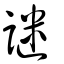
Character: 謎